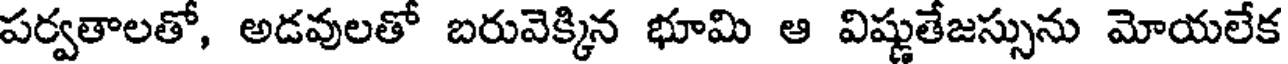
పర్వతాలతో, అడవులతో బరువెక్కిన భూమి ఆ విష్ణుతేజస్సును మోయలేక